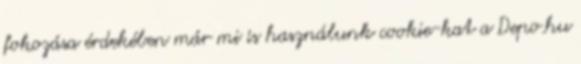
fokozása érdekében már mi is használunk cookie-kat a Depo.hu